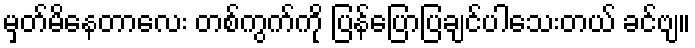
မှတ်မိနေတာလေး တစ်ကွက်ကို ပြန်ပြောပြချင်ပါသေးတယ် ခင်ဗျ။